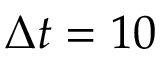
\Delta t = 1 0